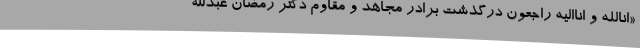
«انالله و اناالیه راجعون درگذشت برادر مجاهد و مقاوم دکتر رمضان عبدالله